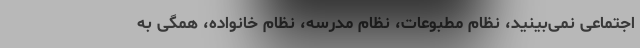
اجتماعی نمی‌بینید، نظام مطبوعات، نظام مدرسه، نظام خانواده، همگی به